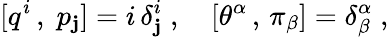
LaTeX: [q^{i}\, ,\; p_{\mathbf{j}}]=i\, \delta_{\mathbf{j}}^{i}\; ,\quad[\theta^{\alpha}\, ,\, \pi_{\beta}]=\delta_{\beta}^{\alpha}\; ,